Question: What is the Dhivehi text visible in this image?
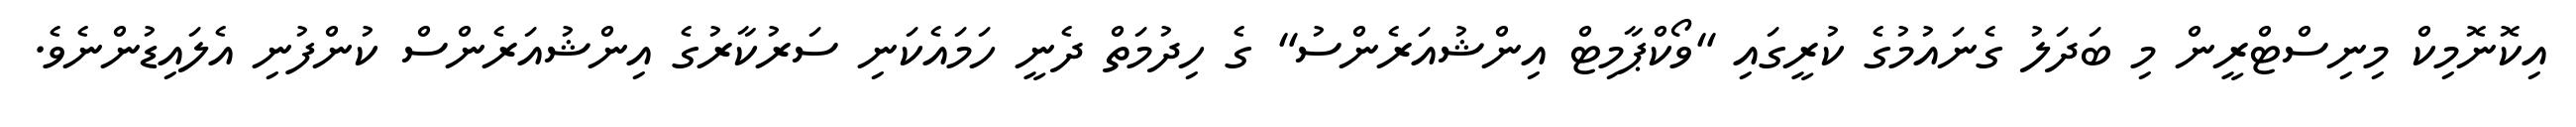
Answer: އިކޮނޮމިކް މިނިސްޓްރީން މި ބަދަލު ގެނައުމުގެ ކުރީގައި "ވޯކްޕާމިޓް އިންޝުއަރެންސު" ގެ ހިދުމަތް ދެނީ ހަމައެކަނި ސަރުކާރުގެ އިންޝުއަރެންސް ކުންފުނި އެލައިޑުންނެވެ.